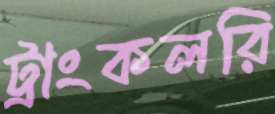
ট্রাংকলরি